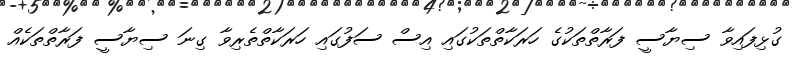
ގުޅިފައިވާ ސިޔާސީ ފަރާތްތަކުގެ ހަރަކާތްތަކުގައި އިސް ސަފުގައި ހަރަކާތްތެރިވާ ގިނަ ސިޔާސީ ފަރާތްތަކެއް